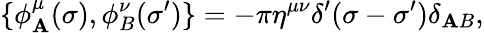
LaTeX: \{ \phi_{\mathbf{A}}^{\mu}(\sigma),\phi_{B}^{\nu}(\sigma^{\prime})\} =-\pi\eta^{\mu\nu}\delta^{\prime}(\sigma-\sigma^{\prime})\delta_{\mathbf{A}B},